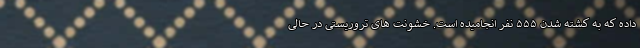
داده که به کشته شدن ۵۵۵ نفر انجامیده است. خشونت های تروریستی در حالی